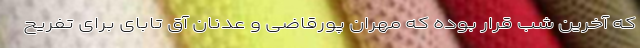
که آخرین شب قرار بوده که مهران پورقاضی و عدنان آق تابای برای تفریح